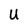
Character: U